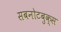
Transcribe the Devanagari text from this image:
सबनोटबुक्स